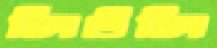
লিউলি